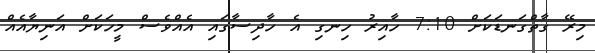
މިރޭ ގާތްގަނޑަކަށް 7:10 ހާއިރު ހިނގި އެ ހާދިސާގައި އެއްވެސް މީހަކަށް އަނިޔާއެއް